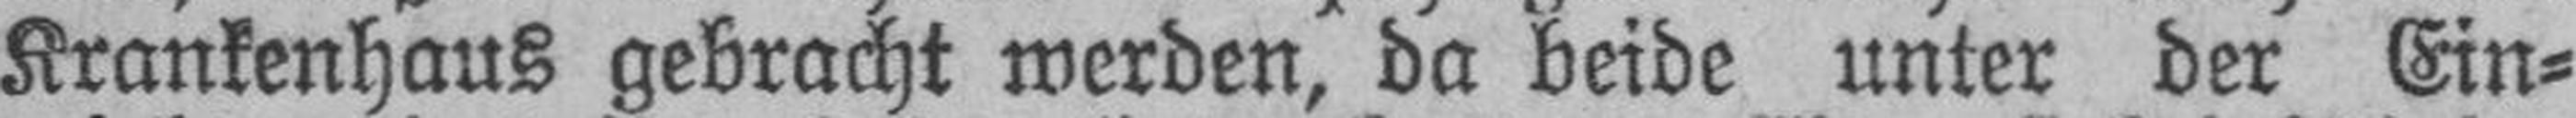
Krankenhaus gebracht werden, da beide unter der Ein¬